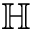
\mathbb { H }